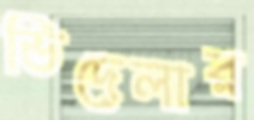
ভিদেলার